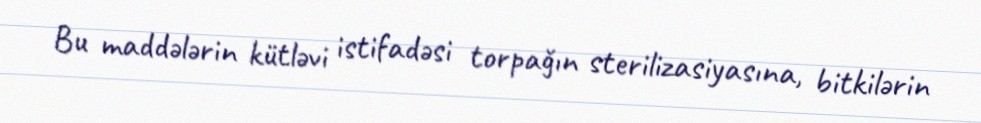
Bu maddələrin kütləvi istifadəsi torpağın sterilizasiyasına, bitkilərin